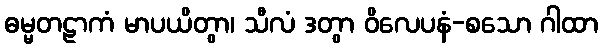
ဓမ္မတဠာကံ မာပယိတွာ၊ သီလံ ဒတွာ ဝိလေပနံ-စသော ဂါထာ